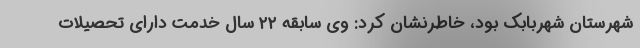
شهرستان شهربابک بود، خاطرنشان کرد: وی سابقه ۲۲ سال خدمت دارای تحصیلات